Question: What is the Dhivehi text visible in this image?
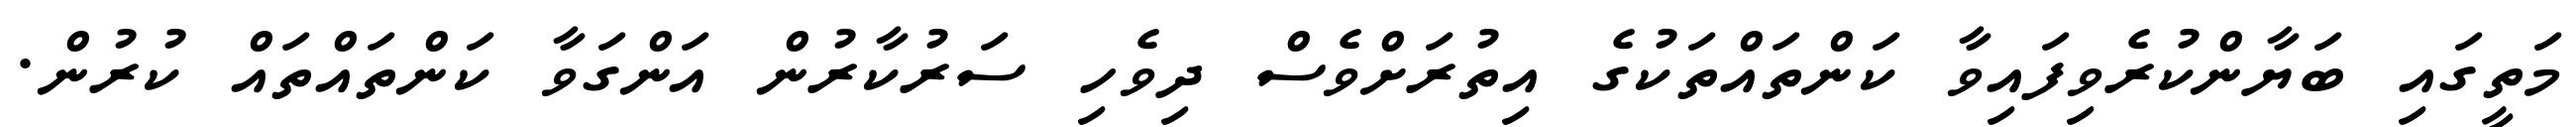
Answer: މަތީގައި ބަޔާންކުރެވިފައިވާ ކަންތައްތަކުގެ އިތުރަށްވެސް ދިވެހި ސަރުކާރުން އަންގަވާ ކަންތައްތައް ކުރުން.